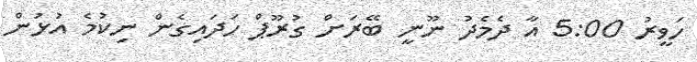
ހަވީރު 5:00 އާ ދެމެދު ނޫނީ ބޭރަށް ގުރޫޕް ހަދައިގެން ނިކުމެ އުޅުން